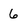
Character: 6